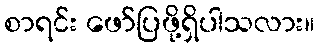
စာရင်း ဖော်ပြဖို့ရှိပါသလား။